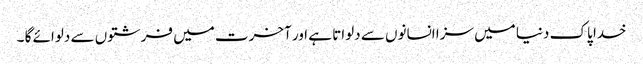
خدا پاک دنیا میں سزا انسانوں سے دلواتا ہے اور آخرت میں فرشتوں سے دلوائے گا ۔